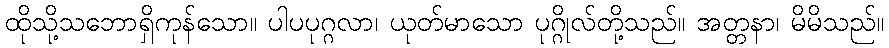
ထိုသို့သဘောရှိကုန်သော။ ပါပပုဂ္ဂလာ၊ ယုတ်မာသော ပုဂ္ဂိုလ်တို့သည်။ အတ္တနာ၊ မိမိသည်။